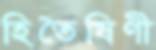
হিতৈষিণী